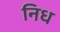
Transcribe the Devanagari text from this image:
निध